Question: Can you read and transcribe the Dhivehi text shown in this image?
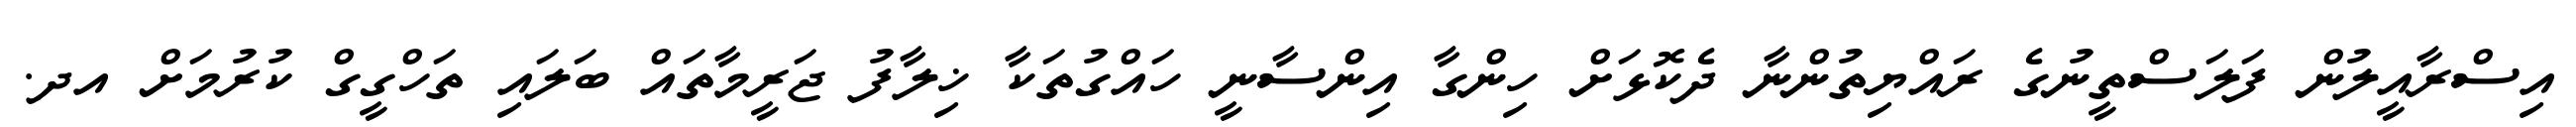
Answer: އިސްރާއީލުން ފަލަސްތީނުގެ ރައްޔިތުންނާ ދެކޮޅަށް ހިންގާ އިންސާނީ ހައްގުތަކާ ޚިލާފު ޖަރީމާތައް ބަލައި ތަހްގީގް ކުރުމަށް އދ.